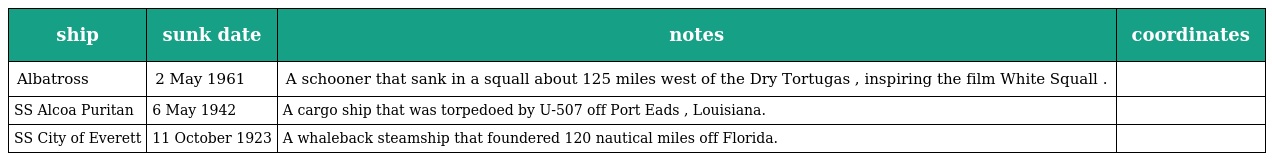
| ship | sunk date | notes | coordinates |
 | --- | --- | --- | --- |
 | Albatross | 2 May 1961 | A schooner that sank in a squall about 125 miles west of the Dry Tortugas , inspiring the film White Squall . |  |
 | SS Alcoa Puritan | 6 May 1942 | A cargo ship that was torpedoed by U-507 off Port Eads , Louisiana. |  |
 | SS City of Everett | 11 October 1923 | A whaleback steamship that foundered 120 nautical miles off Florida. |  |